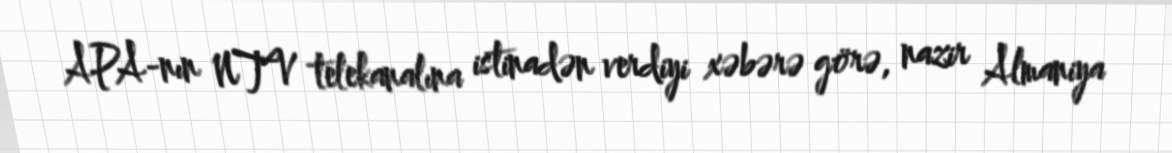
APA-nın NTV telekanalına istinadən verdiyi xəbərə görə, nazir Almaniya